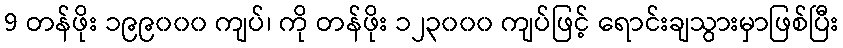
9 တန်ဖိုး ၁၉၉၀၀၀ ကျပ်၊ ကို တန်ဖိုး ၁၂၃၀၀၀ ကျပ်ဖြင့် ရောင်းချသွားမှာဖြစ်ပြီး